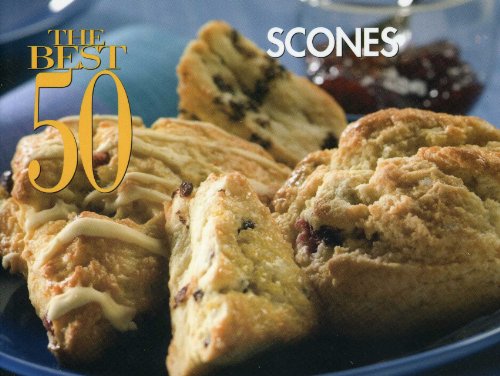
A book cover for The Best 50 Scones; Karen Pepkin; Cookbooks, Food & Wine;